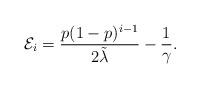
LaTeX: \begin{align*}\mathcal{E}_i=\frac{p(1-p)^{i-1}}{2\tilde{\lambda}}-\frac{1}{\gamma}.\end{align*}